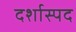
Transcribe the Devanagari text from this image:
दर्शास्पद